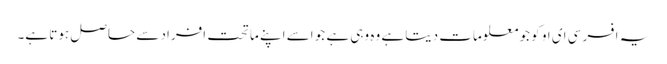
یہ افسر سی ای او کو جو معلومات دیتا ہے وہ وہی ہے جو اسے اپنے ماتحت افراد سے حاصل ہوتا ہے۔